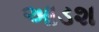
આડશ